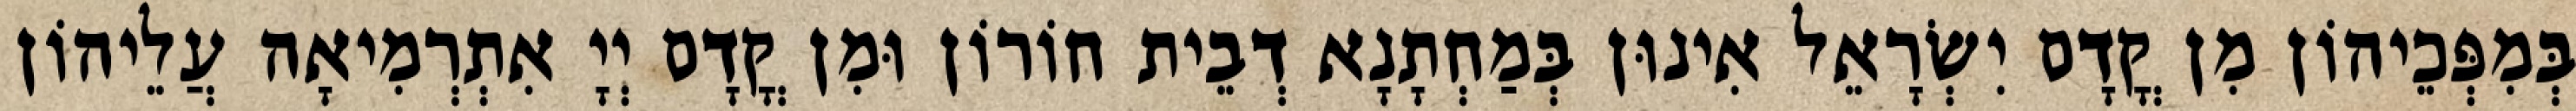
בְּמִפְּכֵיהוֹן מִן קֳדָם יִשְׂרָאֵל אִינוּן בְּמַחְתָנָא דְבֵית חוֹרוֹן וּמִן קֳדָם יְיָ אִתְרְמִיאָה עֲלֵיהוֹן